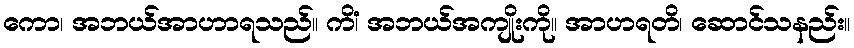
ကော၊ အဘယ်အာဟာရသည်။ ကိံ၊ အဘယ်အကျိုးကို။ အာဟရတိ၊ ဆောင်သနည်း။